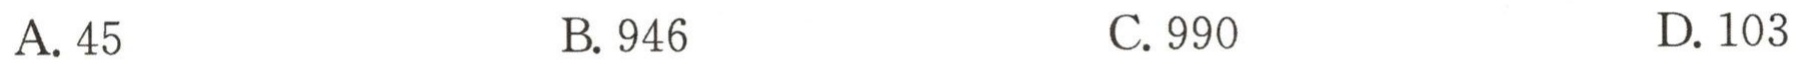
A. 45

B. 946

C. 990

D. 103